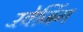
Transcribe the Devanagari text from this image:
रॅवेजिंग